Laimjala_vallavalitsus, lk 34
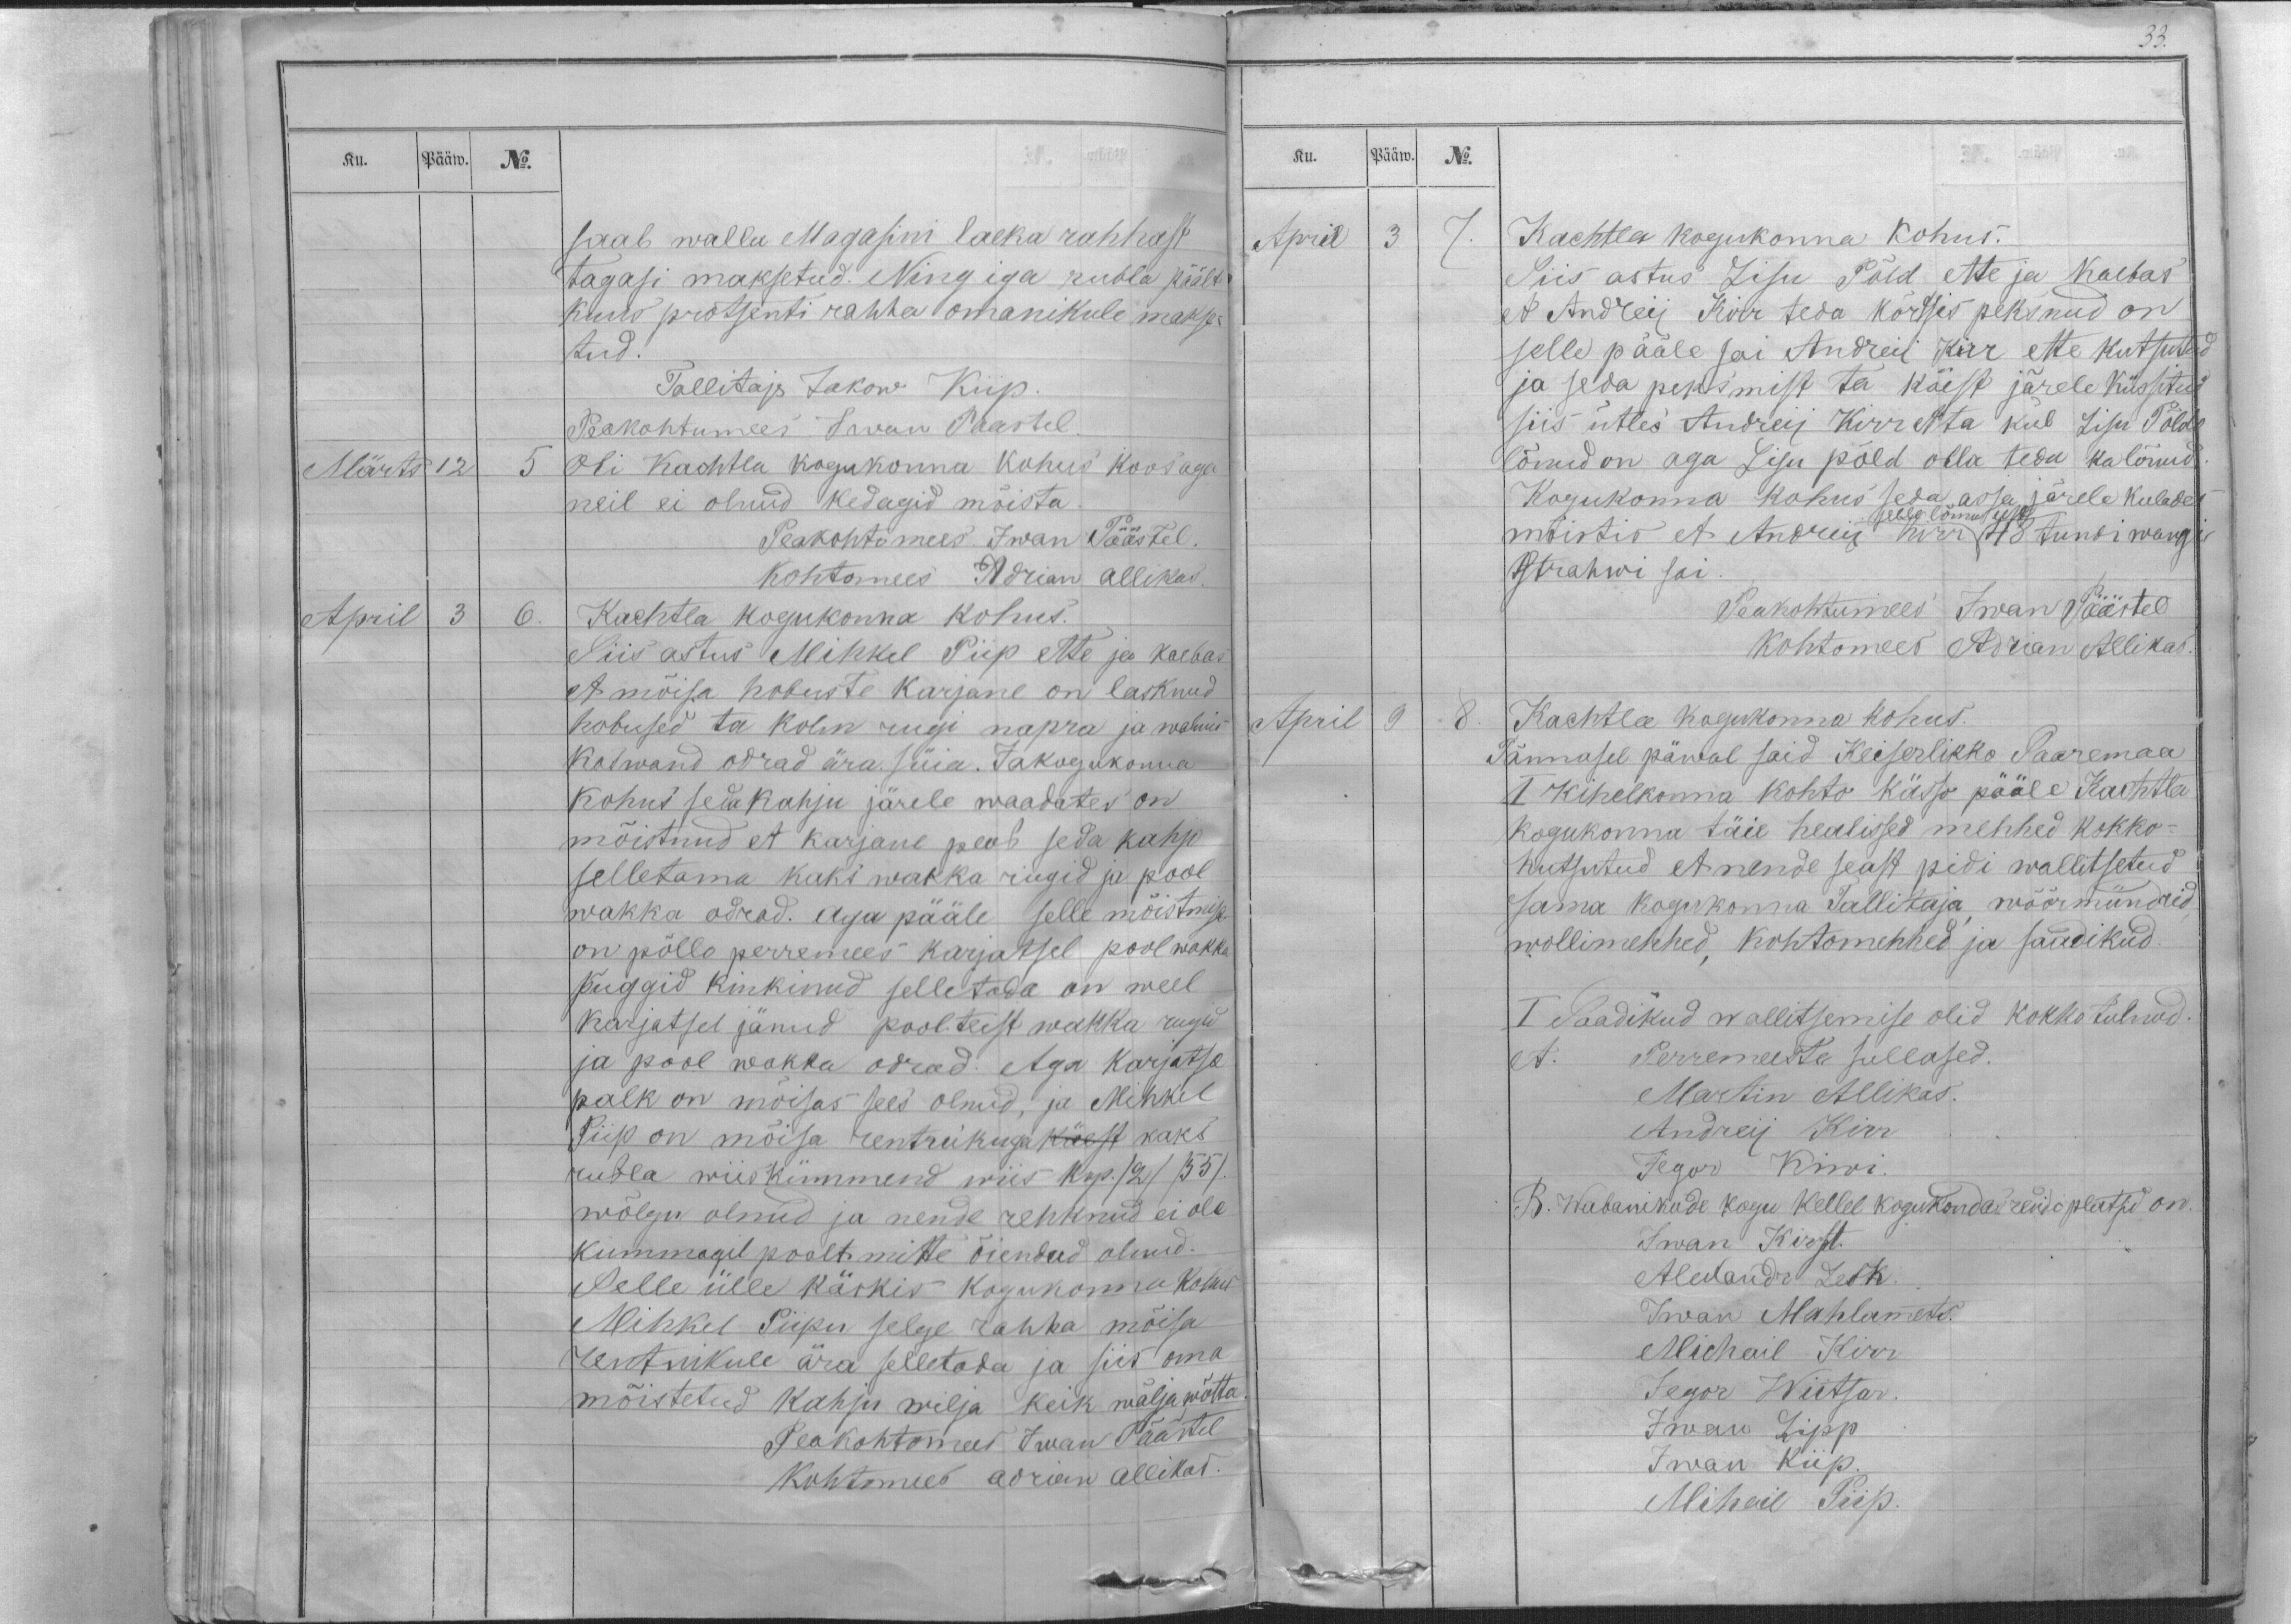
Ku.
Pääw.
No.
saab walla Magasini laeka rahhast
tagasi maksetud. Ning iga rubla päält
kuus protsenti rahha omanikule makse-
tud.
Tallitaja Jakow Kiip.
Peakohtumees Iwan Paastel.
Märts
12
5
Oli Kachtla kogukonna kohus koos aga
neil ei olnud kedagid mõista.
Peakohtomees. Iwan Päästel.
Kohtomees Adrian Allikas.
April
3
6.
Kachtla kogukonna kohus.
Siis astus Mihkel Piip ette ja kaebas
et mõisa hobuste karjane on lasknud
hobused ta kolm rugi napra ja walmis
kaswand odrad ära süia. Jakogukonna
kohus seda kahju järele waadates on
mõistnud et karjane peab seda kahjo
selletama kaks wakka rugid ja pool
wakka odrad. Aga pääle selle mõistmise
on põllo perremees karjatsel pool wakka
püggid kinkinud selletada on weel
karjatsel jänud poolteist wakka rugid
ja pool wakka odrad. Aga karjatse
palk on mõisas sees olnud, ja Mihkel
Piip on mõisa rentnikuga käest kaks
rubla wiiskümmend wiis kop. /2/ /55/.
wõlgu olnud ja nende rehknud ei ole
kummagil poolt mitte õiendud olnud.
Selle ülle käskis kogukonna kohus
Mihkel Piipu selge rahha mõisa
rentnikule ära selletada ja siis oma
mõistetud kahju wilja keik wälja wõtta.
Peakohtomees Iwan Päästel
Kohtomees Adrian Allikas.

33.
Ku.
Pääw.
No.
April
3
7.
Kachtla kogukonna kohus.
Siis astus Lisu Põld ette ja kaebas
et Andreij Kirr teda kõrtsis peksnud on
selle pääle sai Andreij Kirr ette kutsutud
ja seda peksmist ta käest järele küssitud
siis ütles Andreij Kirr et ta kül Lisu Põldo
lönud on aga Lisu põld olla teda ka lönud.
Kogukonna kohus seda asja järele kulades
selle löma eest
mõistis et Andreij Kirr 48 tundi wangi
tstrahwi sai.
Peakohtumees Iwan Päästel
Kohtomees Adrian Allikas.
April
9
8.
Kachtla kogukonna kohus.
Tännasel päwal said Keiserlikko Saaremaa
I Kihelkonna kohto kässo pääle Kachtla
kogukonna täie healissed mehhed kokko-
kutsutud et nende seast pidi wallitsetud
sama kogukonna Tallitaja, wöörmündrid,
wollimehhed, kohtomehhed ja saadikud.
I Saadikud wallitsemise olid kokko tulnud.
A. Perremeeste sullased.
Martin Allikas.
Andreij Kirr.
Jegor Kiwi.
B. Wabanikude kogu kellel kogukondas rendi platsid on.
Iwan Kirst.
Alexandr Lesk.
Iwan Mahlamets.
Michail Kirr
Jegor Wiitsar.
Iwam Lipp
Iwan Kiip.
Mihail Piip.